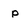
Character: p